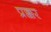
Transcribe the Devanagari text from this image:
प्रक्कर